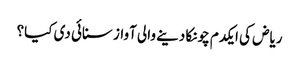
ریاض کی ایکدم چونکا دینے والی آواز سنائی دی کیا؟